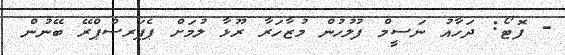
- ފޮޓޯ: ދަހާއު ނަސީމް ފުލުހުން މުޒާހަރާ ރޫޅާ ލުމަށް ޕެޕަރސްޕްރޭ ބޭނުން